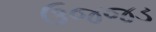
ઉજજડ